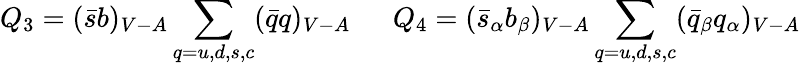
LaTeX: Q_{3}=(\bar{s}b)_{V-A}\sum_{q=u,d,s,c}(\bar{q}q)_{V-A}~~~~~~Q_{4}=(\bar{s}_{\alpha}b_{\beta})_{V-A}\sum_{q=u,d,s,c}(\bar{q}_{\beta}q_{\alpha})_{V-A}